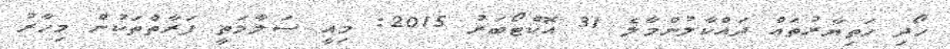
ހޯދި ހަތިޔާރުތައް ދައްކާލުންމާލެ 31 އޮކްޓޯބަރު 2015: މިއީ ސަލާމަތީ ފަރާތްތަކުން މިހާރު